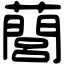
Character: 䕡